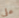
علي